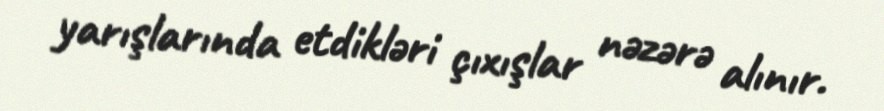
yarışlarında etdikləri çıxışlar nəzərə alınır.